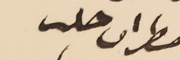
مطران حلب